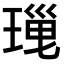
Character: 𤧜